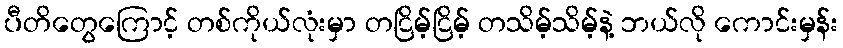
ပီတိတွေကြောင့် တစ်ကိုယ်လုံးမှာ တငြိမ့်ငြိမ့် တသိမ့်သိမ့်နဲ့ ဘယ်လို ကောင်းမှန်း